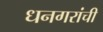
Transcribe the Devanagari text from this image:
धनगरांची